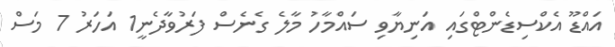
އައްޑޫ އެކްސިޑެންޓްގައި އަނިޔާވި ސައްމާހު މާލެ ގެނެސް ފަރުވާދެނީ1 އަހަރު 7 މަސް